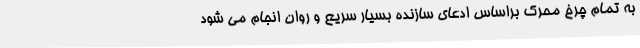
به تمام چرخ محرک براساس ادعای سازنده بسیار سریع و روان انجام می شود